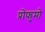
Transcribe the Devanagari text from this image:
प्रोफुमो